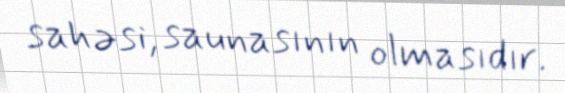
sahəsi, saunasının olmasıdır.